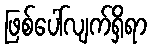
ဖြစ်ပေါ်လျက်ရှိရာ